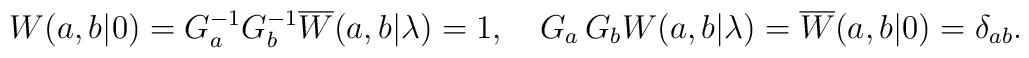
W(a,b|0)=G_{a}^{-1}G_{b}^{-1}\overline{W}(a,b|\lambda)=1, \quad G_{a}\,G_{b}W(a,b|\lambda)=\overline{W}(a,b|0)=\delta_{ab}.